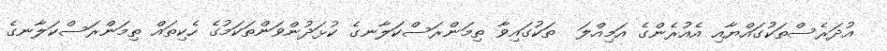
އުދަރެސްތަކުގައްޔާއި އެއުރެންގެ އަމިއްލަ  ތަކުގައިވާ ތިމަންރަސްކަލާނގެ ކުޅަދުންވަންތަކަމުގެ ހެކިތައް ތިމަންރަސްކަލާނގެ